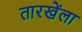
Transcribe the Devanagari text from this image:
तारखेंला